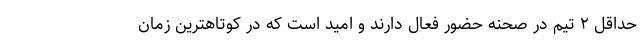
حداقل ۲ تیم در صحنه حضور فعال دارند و امید است که در کوتاهترین زمان